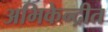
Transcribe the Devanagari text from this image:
अभिकेन्द्रीत